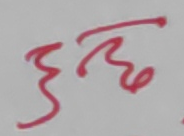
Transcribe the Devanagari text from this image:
छछ